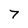
Character: 7